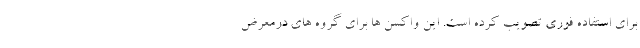
برای استفاده فوری تصویب کرده است. این واکسن ها برای گروه های درمعرض